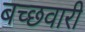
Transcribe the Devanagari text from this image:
बच्छवारी